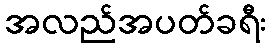
အလည်အပတ်ခရီး